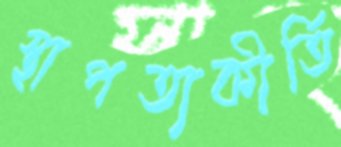
স্থাপত্যকীর্তি